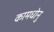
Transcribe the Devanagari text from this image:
कामधोनु